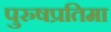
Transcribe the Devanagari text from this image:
पुरुषप्रतिमा